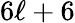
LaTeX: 6\ell+6